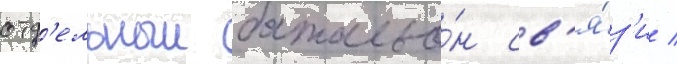
отд'ельныи батальо́н св'я́з'и /